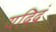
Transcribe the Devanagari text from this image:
यदिदं